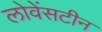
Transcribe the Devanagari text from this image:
लोवेंसटीन